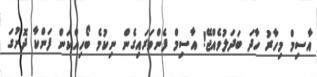
އާސިމް މިހާރު ހާދަ ބަދަލުވެއްޖޭ! އާސިމް ފެންވަރައިގެން ނިކުމެ ބޯހިއްކަން ފަންކާ ދޮށުގަ